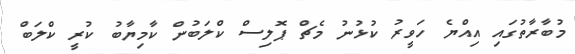
މުބާރާތުގައި އިއްޔެ ހަވީރު ކުޅުނު މެޗް ޕޮލިސް ކްލަބުން ކާމިޔާބު ކުރީ ކްލަބް